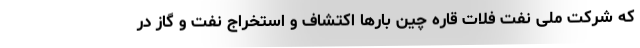
که شرکت ملی نفت فلات قاره چین بارها اکتشاف و استخراج نفت و گاز در